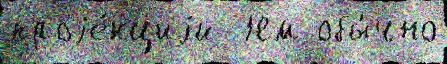
проjе́кциjи  Нм обы́чно